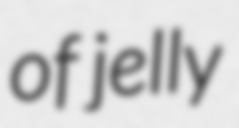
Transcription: of jelly